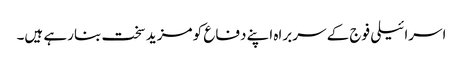
اسرائیلی فوج کے سربراہ اپنے دفاع کو مزید سخت بنارہے ہیں۔